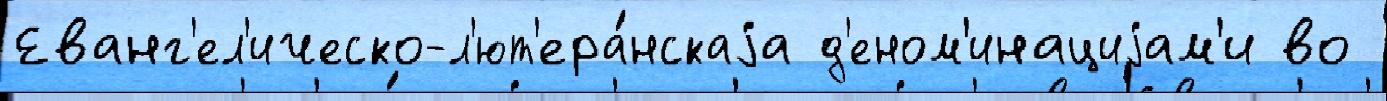
Еванг'ел'ическо-л'ют'ера́нскаjа д'еном'инациjам'и во